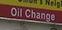
oil